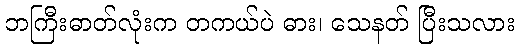
ဘကြီးဓာတ်လုံးက တကယ်ပဲ ဓား၊ သေနတ် ပြီးသလား